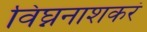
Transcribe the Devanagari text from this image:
विघ्ननाशकरं